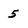
Character: 5